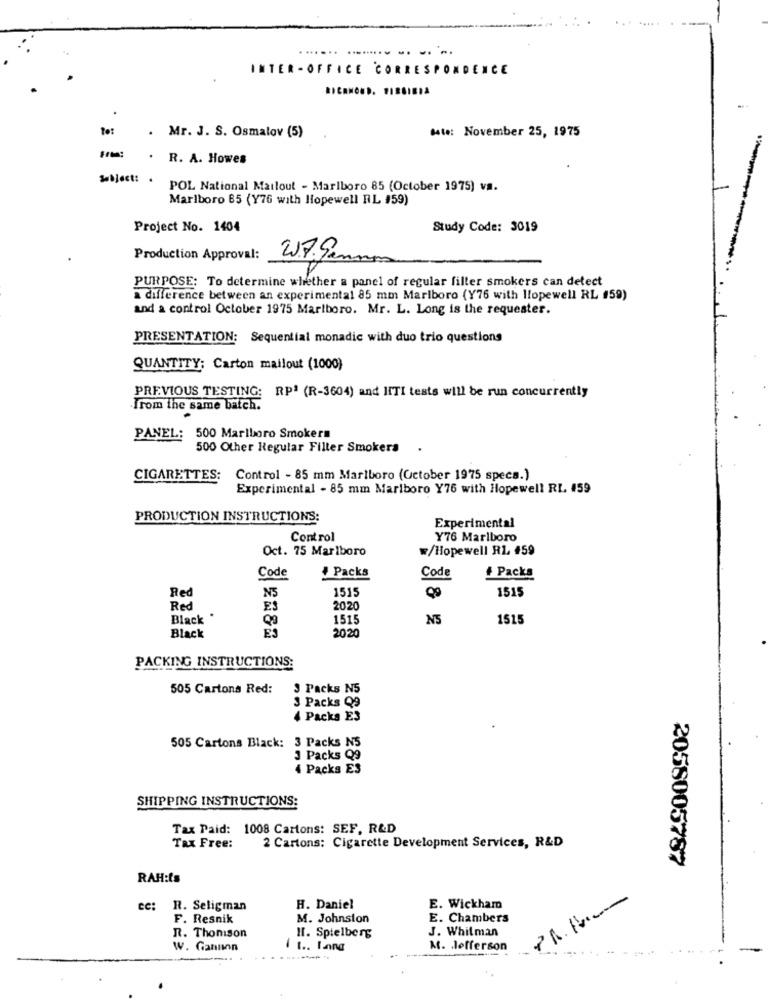
. ...
........ .. .. ..
INTER - OFFICE CORRESPONDENCE
To:
. Mr. J. S. Osmalov (5)
date: November 25, 1975
. R. A. Howes
Subject: .
POL National Mailout - Marlboro 85 (October 1975) va.
Marlboro 85 (Y76 with Hopewell RL 159)
Project No. 1404
Study Code: 3019
Production Approval:
2.7.9.
PURPOSE: To determine whether a panel of regular filter smokers can detect
a difference between an experimental 85 mm Marlboro (Y76 with llopewell RL #59)
and a control October 1975 Marlboro. Mr. L. Long is the requester.
PRESENTATION: Sequential monadic with duo trio questions
QUANTITY: Carton mailout (1000)
PREVIOUS TESTING: RPª (R-3604) and ITTI tests will be run concurrently
From the same batch.
PANEL: 500 Marlboro Smokers
500 Other Regular Filter Smokers .
CIGARETTES:
Control - 85 mm Marlboro (October 1975 specs.)
Experimental - 85 mm Marlboro Y76 with Hopewell RI. 459
PRODUCTION INSTRUCTIONS:
Experimental
Control
Y76 Marlboro
Oct. 75 Marlboro
/Hopewell RL 459
Packs
Code
Code
+ Packs
Red
N5
1515
09
1515
Red
ES
2020
Black .
1515
NS
1515
2020
Black
PACKING INSTRUCTIONS:
505 Cartons Red:
3 Packs N5
3 Packs Q9
4 Packs E3
505 Cartons Black: 3 Packs N5
3 Packs Q9
4 Packs ES
SHIPPING INSTRUCTIONS:
Tax Paid: 1008 Cartons: SEF, R&D
Tax Free:
2 Cartons: Cigarette Development Services, R&D
2058005787
RAH:ts
cc:
R. Seligman
H. Daniel
E. Wickham
F. Resnik
M. Johnston
E. Chambers
J. Whitman
R. Thomson
Il. Spielberg
W. Gannon
1 1 .. Lang
M. Jefferson